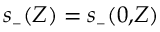
s _ { { \scriptscriptstyle - } } ( Z ) = s _ { { \scriptscriptstyle - } } ( 0 , \! Z )